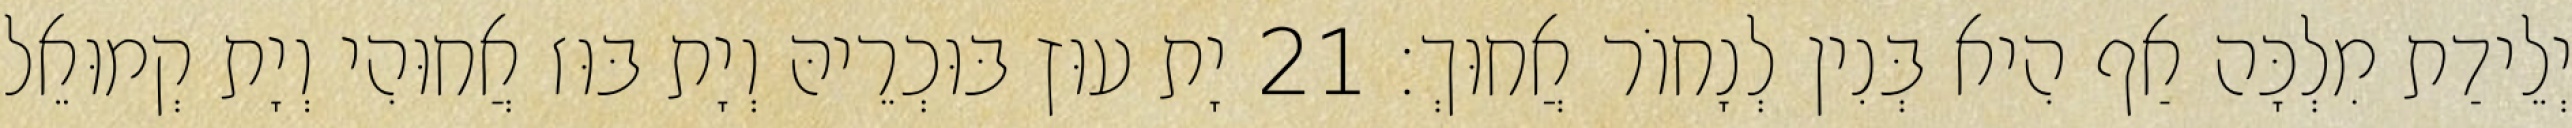
יְלֵידַת מִלְכָּה אַף הִיא בְּנִין לְנָחוֹר אֲחוּךְ׃ 21 יָת עוּץ בּוּכְרֵיהּ וְיָת בּוּז אֲחוּהִי וְיָת קְמוּאֵל